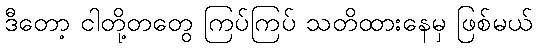
ဒီတော့ ငါတို့တတွေ ကြပ်ကြပ် သတိထားနေမှ ဖြစ်မယ်